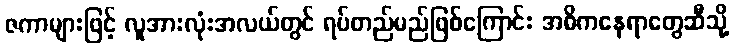
ဇကာများဖြင့် လူအားလုံးအလယ်တွင် ရပ်တည်မည်ဖြစ်ကြောင်း အဓိကနေရာတွေဆီသို့